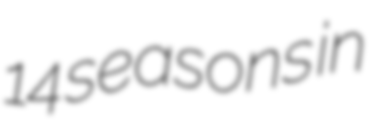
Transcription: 14 seasons in